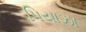
પિયાઝા